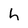
Character: h